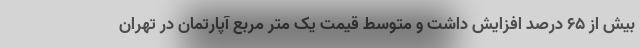
بیش از ۶۵ درصد افزایش داشت و متوسط قیمت یک متر مربع آپارتمان در تهران